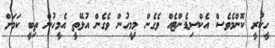
ހީކުރީ ކޮންމެވެސް އެކްސިޑެންޓެއް ވެގެން މިމީހުން ވެގެން އުޅޭތީ އެމީހުން ތިބީ ކަމަށް